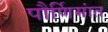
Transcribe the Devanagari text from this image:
पौर्णिमांत